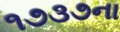
૧૭૩૭ના